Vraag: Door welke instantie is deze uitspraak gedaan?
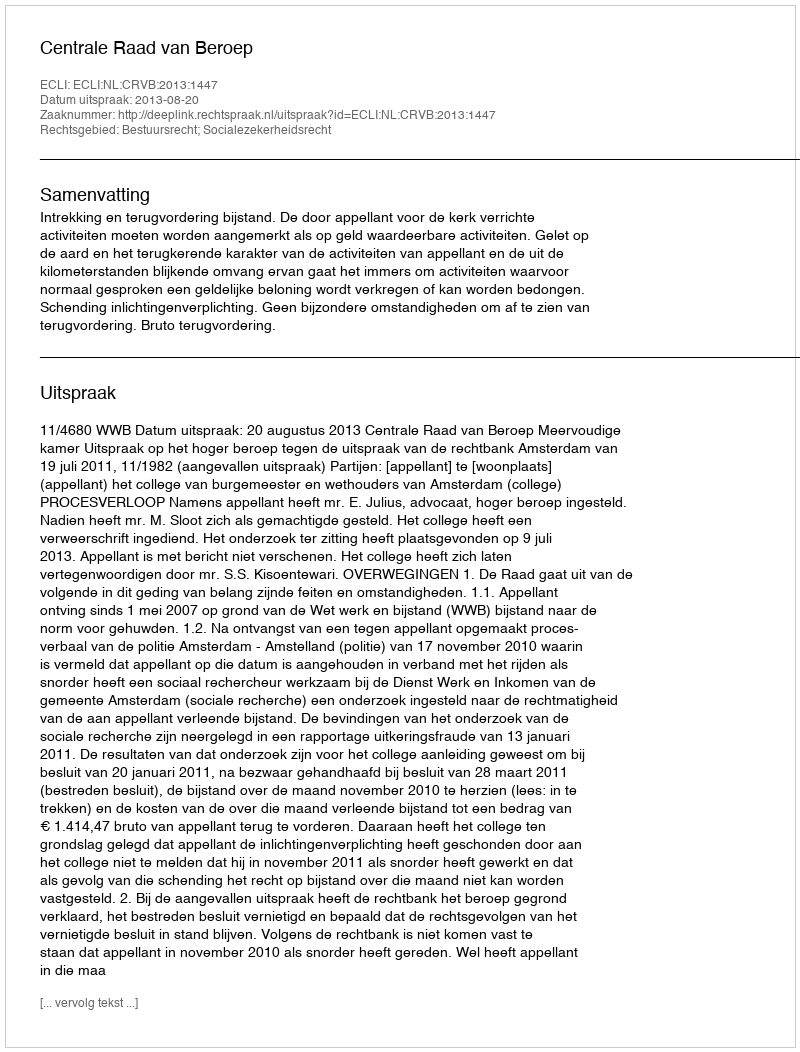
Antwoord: Centrale Raad van Beroep